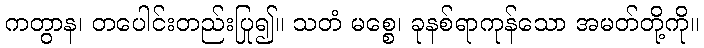
ကတွာန၊ တပေါင်းတည်းပြု၍။ သတံ မစ္စေ၊ ခုနစ်ရာကုန်သော အမတ်တို့ကို။